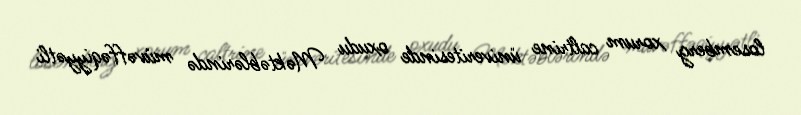
losemberg xorum caltrine üniveritesinde oxudu Məktəblərində müvəffəqiyyətli